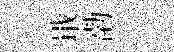
戢渤